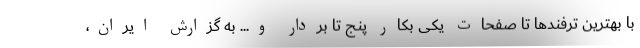
با بهترین ترفندها تا صفحات یکی بکار پنج تا بردار و... به گزارش ایران،